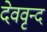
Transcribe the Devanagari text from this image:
देववृन्द